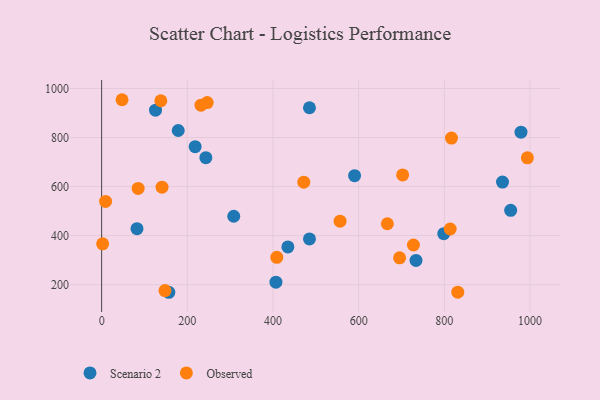
{"axis": {"x": "Distance", "y": "Sales"}, "legend": ["Observed", "Scenario 2"], "data": [{"x": "406.9", "y": 209.8, "type": "Scenario 2"}, {"x": "82.5", "y": 428.1, "type": "Scenario 2"}, {"x": "935.8", "y": 618.2, "type": "Scenario 2"}, {"x": "218.3", "y": 762.9, "type": "Scenario 2"}, {"x": "590.5", "y": 644.5, "type": "Scenario 2"}, {"x": "485.2", "y": 921.5, "type": "Scenario 2"}, {"x": "485.2", "y": 386.6, "type": "Scenario 2"}, {"x": "434.8", "y": 353.7, "type": "Scenario 2"}, {"x": "798.7", "y": 407.7, "type": "Scenario 2"}, {"x": "733.9", "y": 298.9, "type": "Scenario 2"}, {"x": "954.9", "y": 503.2, "type": "Scenario 2"}, {"x": "308.4", "y": 478.9, "type": "Scenario 2"}, {"x": "156.9", "y": 168.8, "type": "Scenario 2"}, {"x": "178.8", "y": 828.8, "type": "Scenario 2"}, {"x": "243.3", "y": 717.7, "type": "Scenario 2"}, {"x": "979.0", "y": 822.1, "type": "Scenario 2"}, {"x": "125.8", "y": 911.5, "type": "Scenario 2"}, {"x": "702.7", "y": 647.5, "type": "Observed"}, {"x": "147.9", "y": 175.6, "type": "Observed"}, {"x": "667.0", "y": 448.4, "type": "Observed"}, {"x": "813.7", "y": 426.9, "type": "Observed"}, {"x": "85.2", "y": 592.3, "type": "Observed"}, {"x": "2.3", "y": 366.5, "type": "Observed"}, {"x": "993.9", "y": 717.4, "type": "Observed"}, {"x": "727.9", "y": 361.7, "type": "Observed"}, {"x": "831.4", "y": 169.4, "type": "Observed"}, {"x": "141.0", "y": 597.6, "type": "Observed"}, {"x": "408.9", "y": 311.3, "type": "Observed"}, {"x": "246.4", "y": 942.8, "type": "Observed"}, {"x": "47.6", "y": 954.3, "type": "Observed"}, {"x": "138.2", "y": 950.2, "type": "Observed"}, {"x": "231.9", "y": 931.9, "type": "Observed"}, {"x": "695.6", "y": 309.5, "type": "Observed"}, {"x": "471.9", "y": 618.0, "type": "Observed"}, {"x": "816.7", "y": 797.7, "type": "Observed"}, {"x": "9.2", "y": 539.4, "type": "Observed"}, {"x": "556.6", "y": 458.9, "type": "Observed"}]}